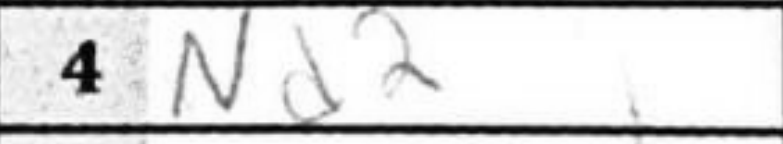
Transcription: Nd2